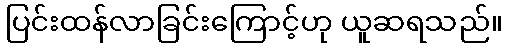
ပြင်းထန်လာခြင်းကြောင့်ဟု ယူဆရသည်။